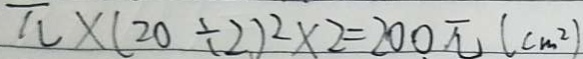
\pi \times ( 2 0 \div 2 ) ^ { 2 } \times 2 = 2 0 0 \pi ( c m ^ { 2 } )